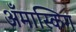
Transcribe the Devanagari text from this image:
अँमास्किग